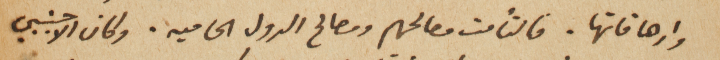
وارهاقاتها. فالتأمت مصالحهم ومصالح الدول الحاميه. وكان الاجنبي